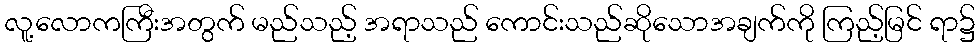
လူ့လောကကြီးအတွက် မည်သည့် အရာသည် ကောင်းသည်ဆိုသောအချက်ကို ကြည့်မြင် ရာ၌